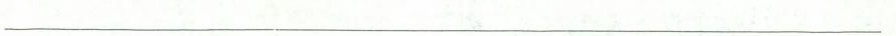
__________